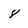
Character: 8